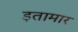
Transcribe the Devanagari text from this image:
इतामार